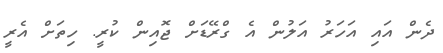
ދެން އައި އަހަރު އަލުން އެ ގްރޭޑަށް ޖޮއިން ކުރީ. ހިތަށް އެރީ